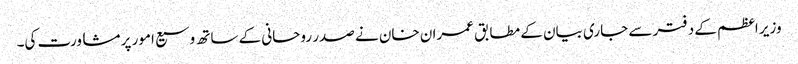
وزیر اعظم کے دفتر سے جاری بیان کے مطابق عمران خان نے صدر روحانی کے ساتھ وسیع امور پر مشاورت کی۔